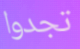
تجدوا